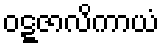
ဝဋ္ဋဇာလိကာယံ